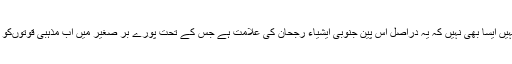
،کہیں یہ اس بات کا اعتراف تو نہیں کہ جماعت یہاں ایک انتخابی فورس ہے یا کہیں ایسا بھی نہیں کہ یہ دراصل اُس پین جنوبی ایشیاء رجحان کی علامت ہے جس کے تحت پورے بر صغیر میں اب مذہبی قوتوںکو اسلامی شدت پسندی کے ترازو میں تولتے ہوئے ان کی سرکوبی کی جارہی ہے ۔